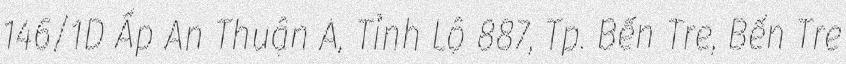
146/1D Ấp An Thuận A, Tỉnh Lộ 887, Tp. Bến Tre, Bến Tre